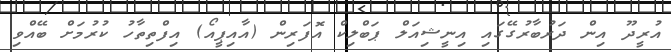
އުރީދޫ އިން ދަރުބާރުގޭގައި އިނީޝިއަލް ޕަބްލިކް އޮފަރިން (އާއިޕީއޯ) އިފްތިތާހު ކުރުމަށް ބޭއްވި